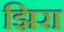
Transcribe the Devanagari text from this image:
झिरा